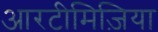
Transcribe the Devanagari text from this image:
आरटीमिज़िया